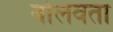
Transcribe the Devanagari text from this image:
बोलवता